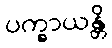
ပက္ခာယန္တိ